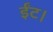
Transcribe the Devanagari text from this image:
ईंट।